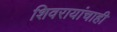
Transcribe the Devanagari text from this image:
शिवरायांचाही